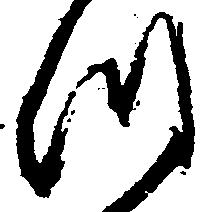
つ